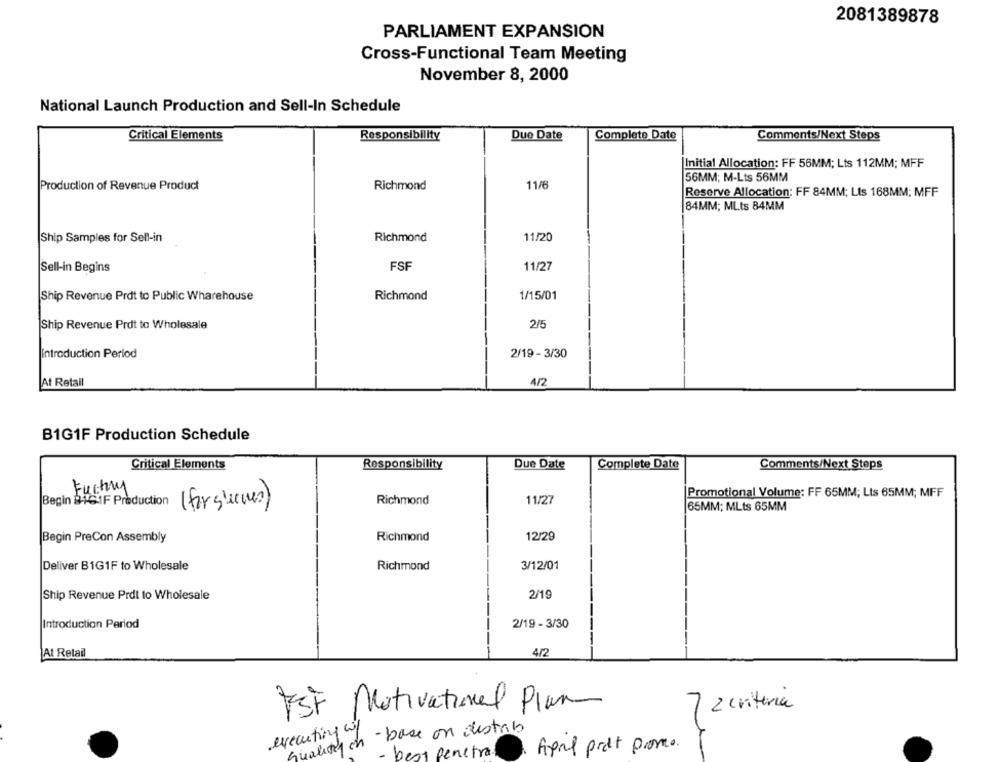
2081389878
PARLIAMENT EXPANSION
Cross-Functional Team Meeting
November 8, 2000
National Launch Production and Sell-In Schedule
Critical Elements
Responsibility
Due Date
Complete Date
Comments/Next Steps
|Initial Allocation: FF 56MM; Lts 112MM; MFF
56MM; M-Lts 56MM
Production of Revenue Product
Richmond
11/6
Reserve Allocation: FF 84MM; Lts 168MM; MFF
84MM; MLts 84MM
11/20
Ship Samples for Sell-in
Richmond
FSF
11/27
Sell-in Begins
Ship Revenue Prot to Public Wharehouse
Richmond
1/15/01
Ship Revenue Prot to Wholesale
2/5
Introduction Period
2/19 - 3/30
At Retail
4/2
B1G1F Production Schedule
Critical Elements
Responsibility
Due Date
Complete Date
Comments/Next Steps
Fuchry
Promotional Volume: FF 65MM; Lts 65MM; MFF
Begin 9161F Production
Richmond
11/27
(for succes)
65MM; MLts 65MM
Begin PreCon Assembly
Richmond
12/29
Deliver B1G1F to Wholesale
Richmond
3/12/01
2/19
Ship Revenue Prdt to Wholesale
Introduction Period
2/19 - 3/30
At Retail
4/2
7 2 criteria
FSF Motivational Plan
executing wy
- base on distrib
quality on
April prot promo.
best penetra.